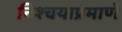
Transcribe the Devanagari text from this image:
निश्चयाप्रमाणे